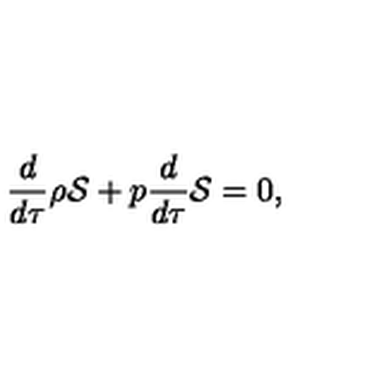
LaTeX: \frac { d } { d \tau } \rho { \cal S } + p \frac { d } { d \tau } { \cal S } = 0 ,